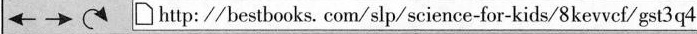
\leftarrow \rightarrow http://besbks. com/slp/science-for-kids/8kevvcf/gst3q4